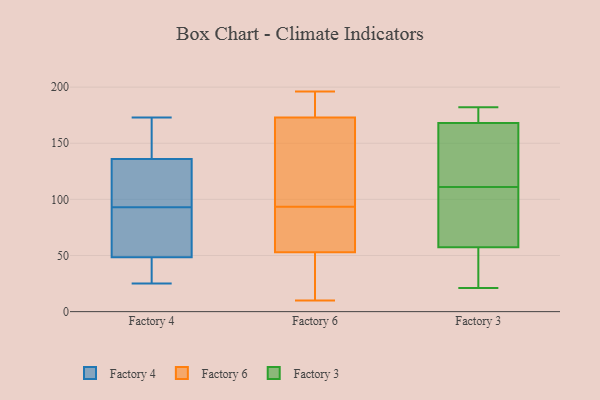
{"axis": {"x": "Backlog", "y": "Value"}, "legend": ["Factory 3", "Factory 4", "Factory 6"], "data": [{"x": "", "y": 29, "type": "Factory 4"}, {"x": "", "y": 140, "type": "Factory 4"}, {"x": "", "y": 58, "type": "Factory 4"}, {"x": "", "y": 173, "type": "Factory 4"}, {"x": "", "y": 66, "type": "Factory 4"}, {"x": "", "y": 118, "type": "Factory 4"}, {"x": "", "y": 172, "type": "Factory 4"}, {"x": "", "y": 88, "type": "Factory 4"}, {"x": "", "y": 39, "type": "Factory 4"}, {"x": "", "y": 25, "type": "Factory 4"}, {"x": "", "y": 98, "type": "Factory 4"}, {"x": "", "y": 132, "type": "Factory 4"}, {"x": "", "y": 167, "type": "Factory 6"}, {"x": "", "y": 43, "type": "Factory 6"}, {"x": "", "y": 188, "type": "Factory 6"}, {"x": "", "y": 196, "type": "Factory 6"}, {"x": "", "y": 84, "type": "Factory 6"}, {"x": "", "y": 189, "type": "Factory 6"}, {"x": "", "y": 85, "type": "Factory 6"}, {"x": "", "y": 151, "type": "Factory 6"}, {"x": "", "y": 102, "type": "Factory 6"}, {"x": "", "y": 173, "type": "Factory 6"}, {"x": "", "y": 25, "type": "Factory 6"}, {"x": "", "y": 69, "type": "Factory 6"}, {"x": "", "y": 10, "type": "Factory 6"}, {"x": "", "y": 53, "type": "Factory 6"}, {"x": "", "y": 135, "type": "Factory 3"}, {"x": "", "y": 173, "type": "Factory 3"}, {"x": "", "y": 50, "type": "Factory 3"}, {"x": "", "y": 105, "type": "Factory 3"}, {"x": "", "y": 23, "type": "Factory 3"}, {"x": "", "y": 79, "type": "Factory 3"}, {"x": "", "y": 178, "type": "Factory 3"}, {"x": "", "y": 21, "type": "Factory 3"}, {"x": "", "y": 182, "type": "Factory 3"}, {"x": "", "y": 111, "type": "Factory 3"}, {"x": "", "y": 153, "type": "Factory 3"}]}